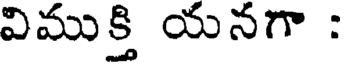
విముక్తి యనగా :